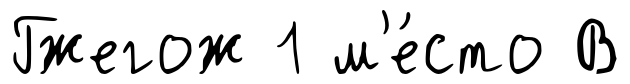
Гжегож 1 м'е́сто В